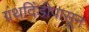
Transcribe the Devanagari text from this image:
ग्रंथदिंडीपासून